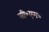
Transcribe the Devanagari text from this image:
सी॰एम॰